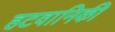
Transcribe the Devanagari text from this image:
हटवानिकी